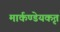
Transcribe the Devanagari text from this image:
मार्कण्डेयकृत